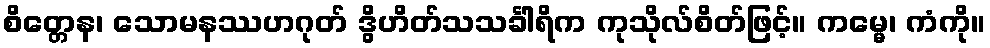
စိတ္တေန၊ သောမနဿဟဂုတ် ဒွိဟိတ်သသင်္ခါရိက ကုသိုလ်စိတ်ဖြင့်။ ကမ္မေ၊ ကံကို။